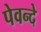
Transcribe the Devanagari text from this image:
पेवन्दे